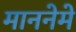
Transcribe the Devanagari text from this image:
माननेमे